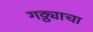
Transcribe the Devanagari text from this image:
गठ्ठ्याचा